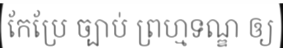
កែប្រែ ច្បាប់ ព្រហ្មទណ្ឌ ឲ្យ